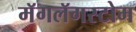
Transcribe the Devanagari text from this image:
मॅगलॅगस्टोम